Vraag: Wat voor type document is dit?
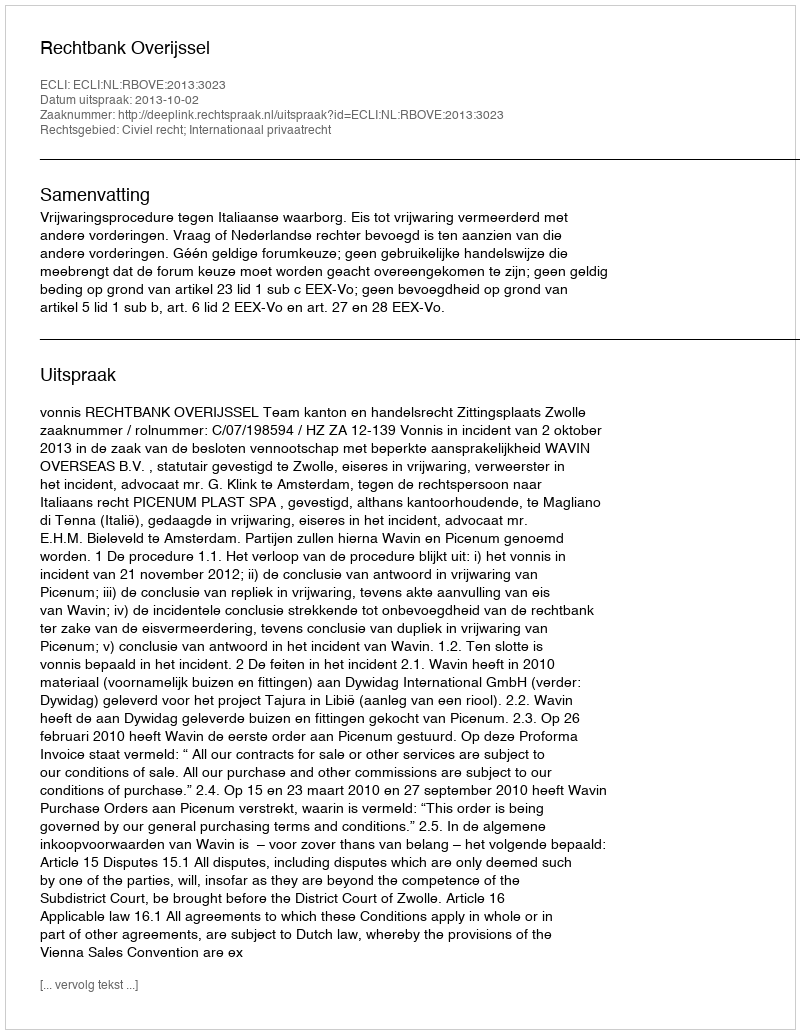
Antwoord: Uitspraak